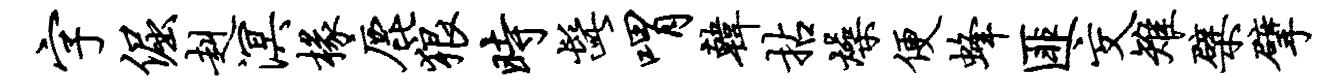
字倔赳溟椽鹿狼时髭喟韩拈燥便蜂匪交雉檗擘